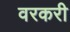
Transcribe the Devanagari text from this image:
वरकरी